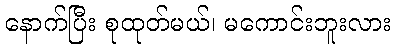
နောက်ပြီး စုထုတ်မယ်၊ မကောင်းဘူးလား